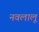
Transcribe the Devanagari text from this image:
नवलालू